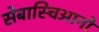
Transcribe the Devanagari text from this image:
सेबास्चिआनो